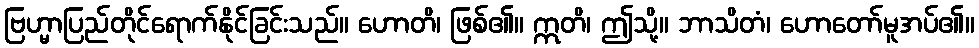
ဗြဟ္မာပြည်တိုင်ရောက်နိုင်ခြင်းသည်။ ဟောတိ၊ ဖြစ်၏။ ဣတိ၊ ဤသို့။ ဘာသိတံ၊ ဟောတော်မူအပ်၏။